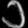
Digit: ၁